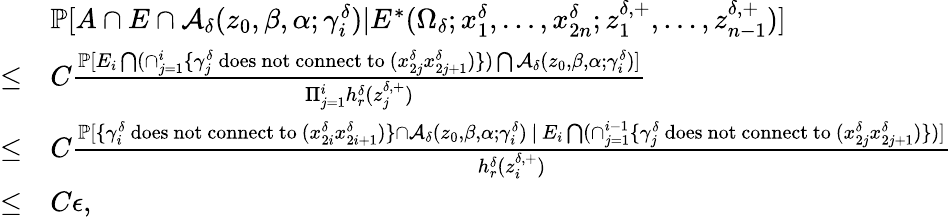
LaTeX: \begin{array}{rl}&{\mathbb{P}[A\cap E\cap\mathcal{A}_{\delta}(z_{0},\beta,\alpha;\gamma_{i}^{\delta})|E^{*}(\Omega_{\delta};x_{1}^{\delta},\ldots,x_{2n}^{\delta};z_{1}^{\delta,+},\ldots,z_{n-1}^{\delta,+})]}\\ {\le}&{C\frac{\mathbb{P}[E_{i}\bigcap(\cap_{j=1}^{i}\{ \gamma_{j}^{\delta}\mathrm{~does~not~connect~to~}(x_{2j}^{\delta}x_{2j+1}^{\delta})\} )\bigcap\mathcal{A}_{\delta}(z_{0},\beta,\alpha;\gamma_{i}^{\delta})]}{\Pi_{j=1}^{i}h_{r}^{\delta}(z_{j}^{\delta,+})}}\\ {\le}&{C\frac{\mathbb{P}[\{ \gamma_{i}^{\delta}\mathrm{~does~not~connect~to~}(x_{2i}^{\delta}x_{2i+1}^{\delta})\} \cap\mathcal{A}_{\delta}(z_{0},\beta,\alpha;\gamma_{i}^{\delta})\, |\, E_{i}\bigcap(\cap_{j=1}^{i-1}\{ \gamma_{j}^{\delta}\mathrm{~does~not~connect~to~}(x_{2j}^{\delta}x_{2j+1}^{\delta})\} )]}{h_{r}^{\delta}(z_{i}^{\delta,+})}}\\ {\le}&{C\epsilon,}\end{array}